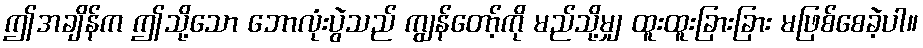
ဤအချိန်က ဤသို့သော ဘောလုံးပွဲသည် ကျွန်တော့်ကို မည်သို့မျှ ထူးထူးခြားခြား မဖြစ်စေခဲ့ပါ။